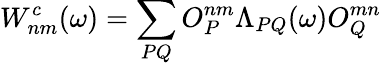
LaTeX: W_{nm}^{c}(\omega)=\sum_{PQ}O_{P}^{nm}\Lambda_{PQ}(\omega)O_{Q}^{mn}